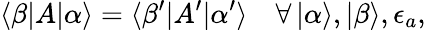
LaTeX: \langle\beta|A|\alpha\rangle=\langle\beta^{\prime}|A^{\prime}|\alpha^{\prime}\rangle\quad\forall\, |\alpha\rangle,|\beta\rangle,\epsilon_{a},